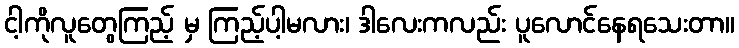
ငါ့ကိုလူတွေကြည့် မှ ကြည့်ပါ့မလား၊ ဒါလေးကလည်း ပူလောင်နေရသေးတာ။